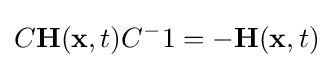
C\mathbf {H} (\mathbf {x} ,t)C^{-}1=-\mathbf {H} (\mathbf {x} ,t)